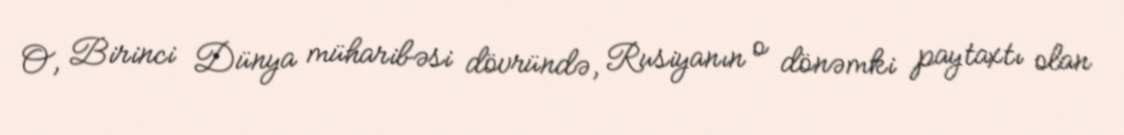
O, Birinci Dünya müharibəsi dövründə, Rusiyanın o dönəmki paytaxtı olan